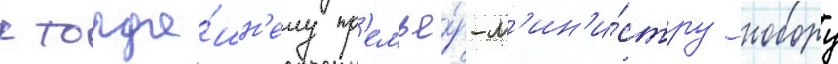
к тогда́шн'ему пр'емье́р-м'ин'и́стру нобору